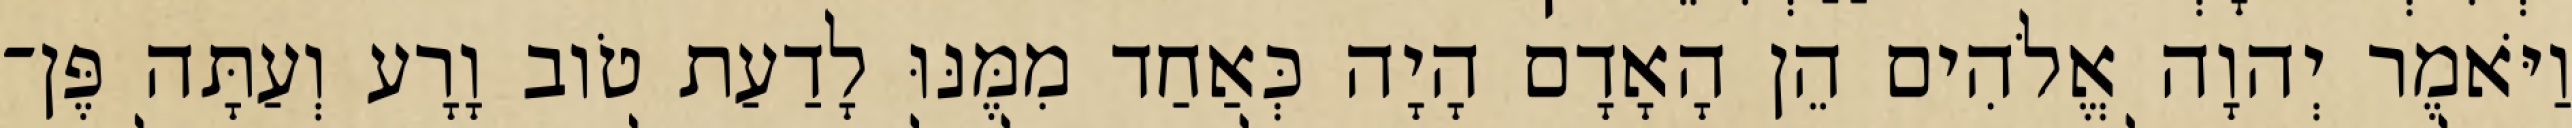
וַיֹּאמֶר יְהוָה אֱלֹהִים הֵן הָאָדָם הָיָה כְּאַחַד מִמֶּנּוּ לָדַעַת טֹוב וָרָע וְעַתָּה פֶּן־